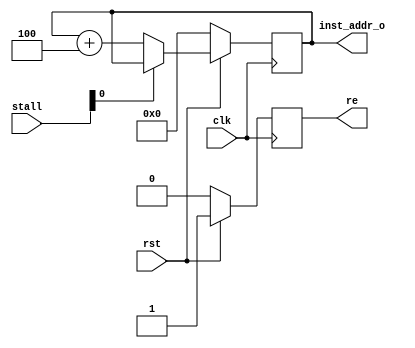
`timescale 1ns / 1ps
//////////////////////////////////////////////////////////////////////////////////
// Company: 
// Engineer: 
// 
// Design Name: 
// Module Name: pc
// Project Name: 
// Target Devices: 
// Tool Versions: 
// Description: 
// 
// Dependencies: 
// 
// Revision:
// Revision 0.01 - File Created
// Additional Comments:
// 
//////////////////////////////////////////////////////////////////////////////////


module pc(
    input clk,
    input rst,
    input [5:0] stall,
    output [31:0] inst_addr_o,
    output re
    );

reg [31:0]pc_reg=0;
reg re_reg=0;
assign re=re_reg;
assign inst_addr_o=pc_reg;
always@(posedge clk)
begin 
    if(!rst) begin
    pc_reg <= 32'b0;
    re_reg <= 0;
    end 
    else begin
        re_reg <= 1;
        if(stall[0]==0)begin
            pc_reg <= pc_reg + 4;
        end
    end
  

end
    
endmodule